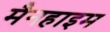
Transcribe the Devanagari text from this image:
मैनहाइम